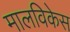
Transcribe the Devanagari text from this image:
मालविकेस